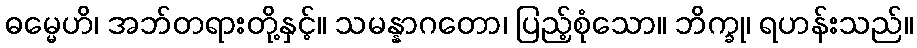
ဓမ္မေဟိ၊ အဘ်တရားတို့နှင့်။ သမန္နာဂတော၊ ပြည့်စုံသော။ ဘိက္ခု၊ ရဟန်းသည်။